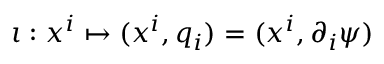
\iota : x ^ { i } \mapsto ( x ^ { i } , q _ { i } ) = ( x ^ { i } , \partial _ { i } \psi )